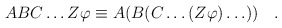
\begin{align*}ABC\ldots Z\varphi \equiv A(B(C\ldots (Z\varphi )\ldots ))\quad .\end{align*}